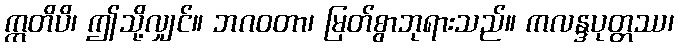
ဣတိပိ၊ ဤသို့လျှင်။ ဘဂဝတာ၊ မြတ်စွာဘုရားသည်။ ကလန္ဒပုတ္တဿ၊